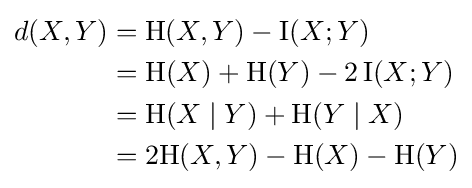
{\begin{aligned}d(X,Y)&=\mathrm {H} (X,Y)-\operatorname {I} (X;Y)\\&=\mathrm {H} (X)+\mathrm {H} (Y)-2\operatorname {I} (X;Y)\\&=\mathrm {H} (X\mid Y)+\mathrm {H} (Y\mid X)\\&=2\mathrm {H} (X,Y)-\mathrm {H} (X)-\mathrm {H} (Y)\end{aligned}}